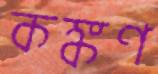
কঙ্কণ